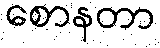
စောနတာ